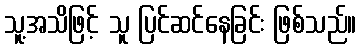
သူ့အသိဖြင့် သူ ပြင်ဆင်နေခြင်း ဖြစ်သည်။